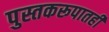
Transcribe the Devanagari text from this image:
पुस्तकरूपातही